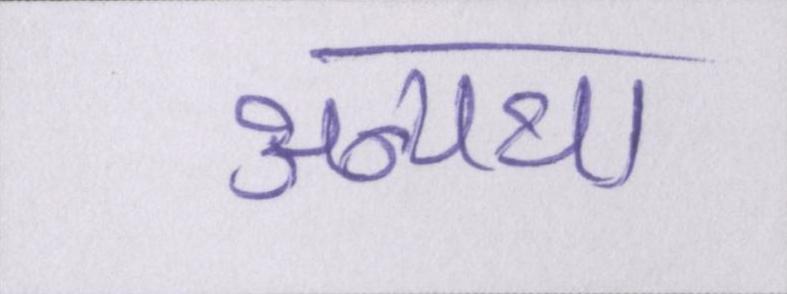
अन्यथा